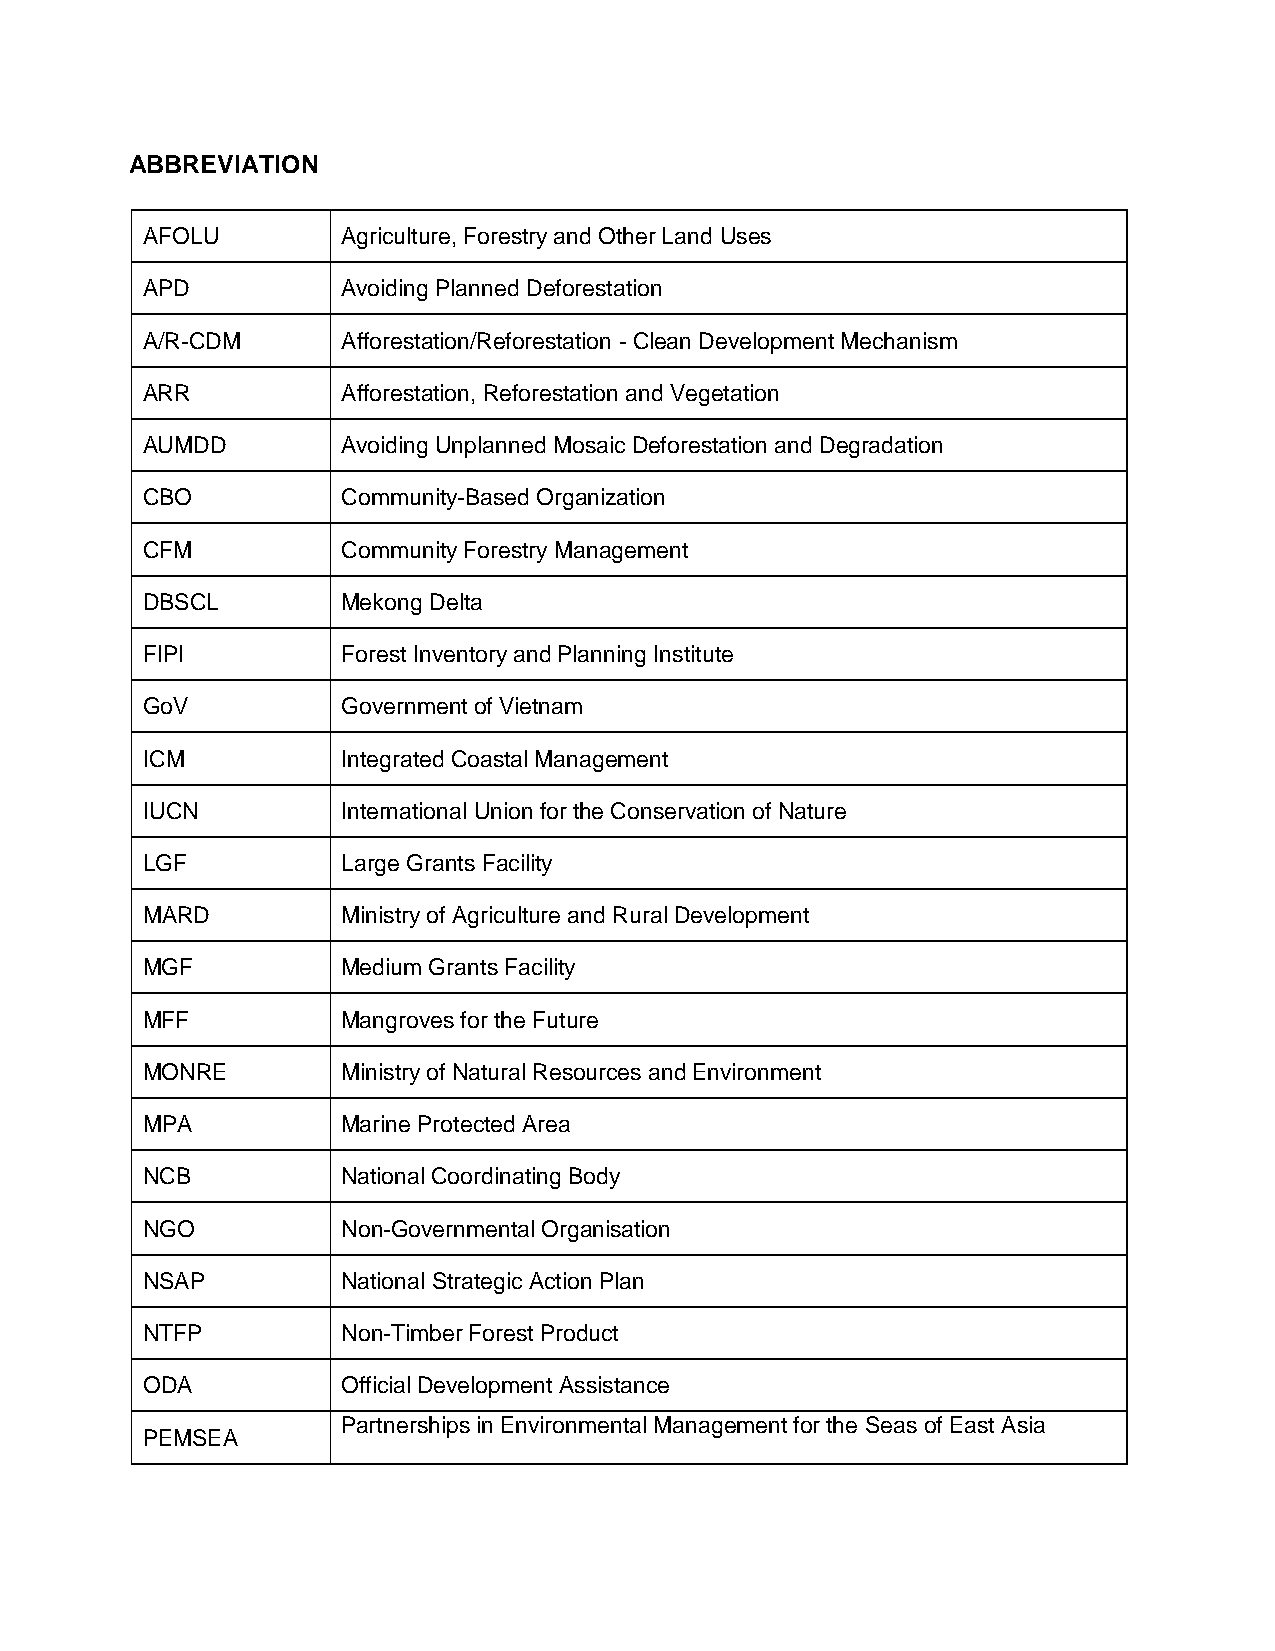
ABBREVIATION
 AFOLU         Agriculture, Forestry and Other Land Uses
 APD           Avoiding Planned Deforestation
 A/R-CDM       Afforestation/Reforestation - Clean Development Mechanism
 ARR           Afforestation, Reforestation and Vegetation
 AUMDD         Avoiding Unplanned Mosaic Deforestation and Degradation
 CBO           Community-Based Organization
 CFM           Community Forestry Management
 DBSCL         Mekong Delta
 FIPI          Forest Inventory and Planning Institute
 GoV           Government of Vietnam
 ICM           Integrated Coastal Management
 IUCN          International Union for the Conservation of Nature
 LGF           Large Grants Facility
 MARD          Ministry of Agriculture and Rural Development
 MGF           Medium Grants Facility
 MFF           Mangroves for the Future
 MONRE         Ministry of Natural Resources and Environment
 MPA           Marine Protected Area
 NCB           National Coordinating Body
 NGO           Non-Governmental Organisation
 NSAP          National Strategic Action Plan
 NTFP          Non-Timber Forest Product
 ODA           Official Development Assistance
 Partnerships in Environmental Management for the Seas of East Asia
 PEMSEA
 6